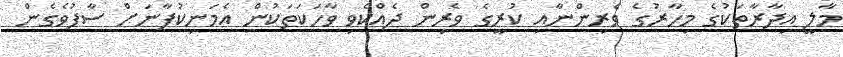
މާލީ އިދާރާތަކުގެ މިހާރުގެ ވެރިންނާއި ކުރީގެ ވެރިން ދެއްކެވި ވާހަކަތަކުން އެމަނިކުފާނަށް ސާފުވެގެން